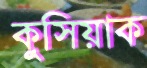
কুসিয়াক